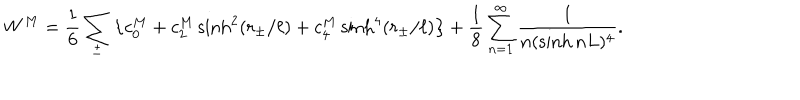
W ^ { M } = \frac 1 6 \sum _ { \pm } \left\{ c _ { 0 } ^ { M } + c _ { 2 } ^ { M } \sinh ^ { 2 } ( r _ { \pm } / \ell ) + c _ { 4 } ^ { M } \sinh ^ { 4 } ( r _ { \pm } / \ell ) \right\} + \frac { 1 } { 8 } \sum _ { n = 1 } ^ { \infty } \frac { 1 } { n ( \sinh n L ) ^ { 4 } } .